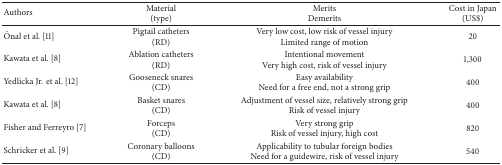
<table><thead><tr><td><b>Authors</b></td><td><b>Material(type)</b></td><td><b>MeritsDemerits</b></td><td><b>Cost in Japan(US$)</b></td></tr></thead><tbody><tr><td> Önal et al. [11]</td><td>Pigtail catheters(RD)</td><td>Very low cost, low risk of vessel injuryLimited range of motion</td><td>20</td></tr><tr><td> Kawata et al. [8]</td><td>Ablation catheters(RD)</td><td>Intentional movementVery high cost, risk of vessel injury</td><td>1,300</td></tr><tr><td> Yedlicka Jr.et al. [12]</td><td>Gooseneck snares(CD)</td><td>Easy availabilityNeed for a free end, not a strong grip</td><td>400</td></tr><tr><td>Kawata et al. [8]</td><td>Basket snares(CD)</td><td>Adjustment of vessel size, relatively strong gripRisk of vessel injury</td><td>400</td></tr><tr><td> Fisher and Ferreyro [7]</td><td>Forceps(CD)</td><td>Very strong gripRisk of vessel injury, high cost</td><td>820</td></tr><tr><td> Schricker et al. [9]</td><td>Coronary balloons(CD)</td><td>Applicability to tubular foreign bodiesNeed for a guidewire, risk of vessel injury</td><td>540</td></tr></tbody></table>